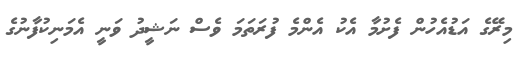
މިރޭގެ އަޑުއެހުން ފެށުމާ އެކު އެންމެ ފުރަތަމަ ވެސް ނަޝީދު ވަނީ އެމަނިކުފާނުގެ